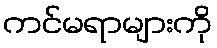
ကင်မရာများကို